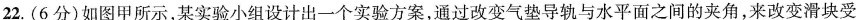
22. (6分)如图甲所示，某实验小组设计出一个实验方案，通过改变气垫导轨与水平面之间的夹角，来改变滑块受